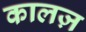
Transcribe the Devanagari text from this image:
कालज़